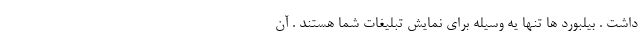
داشت . بیلبورد ها تنها یه وسیله برای نمایش تبلیغات شما هستند . آن